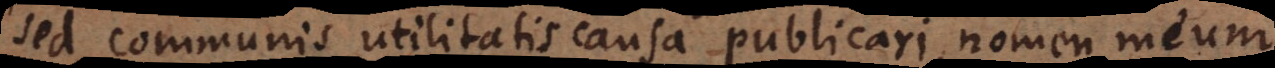
sed communis utilitatis causa publicari, nomen meum